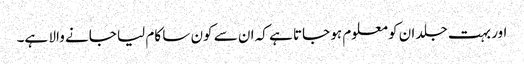
اور بہت جلد ان کو معلوم ہو جاتا ہے کہ ان سے کون سا کام لیا جانے والا ہے۔